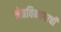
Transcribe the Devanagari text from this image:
नेत्रविभागाची